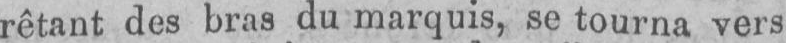
rêtant des bras du marquis, se tourna vers